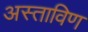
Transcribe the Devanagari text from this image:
अस्ताविण